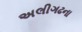
અલીગઢના